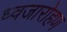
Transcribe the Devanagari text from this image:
ध्‍वजारोहण